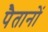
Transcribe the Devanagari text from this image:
पैतानों